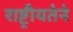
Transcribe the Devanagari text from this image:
राष्ट्रीयतेने